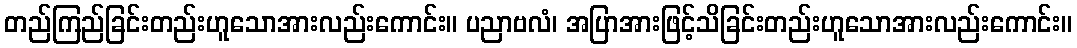
တည်ကြည်ခြင်းတည်းဟူသောအားလည်းကောင်း။ ပညာဗလံ၊ အပြာအားဖြင့်သိခြင်းတည်းဟူသောအားလည်းကောင်း။